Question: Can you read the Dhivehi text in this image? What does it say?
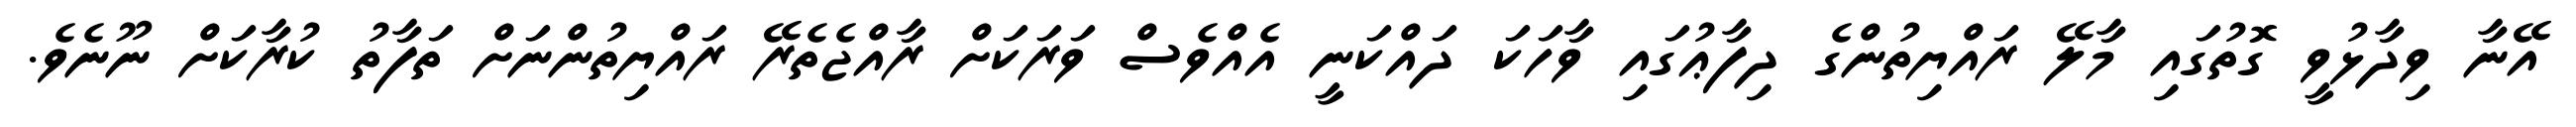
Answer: އޭނާ ވިދާޅުވީ ގޮތުގައި މާލޭ ރައްޔިތުންގެ ދިފާޢުގައި ވާހަކަ ދައްކަނީ އެއްވެސް ވަރަކަށް ރާއްޖެތެރޭ ރައްޔިތުންނަށް ތަފާތު ކުރާކަށް ނޫނެވެ.